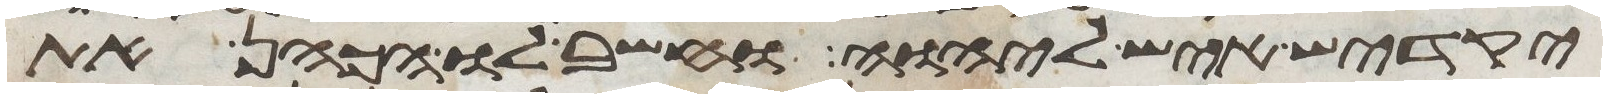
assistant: יקדיש איש ליהוה וחשב לו הכהן את